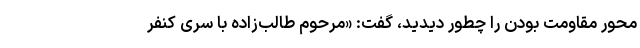
محور مقاومت بودن را چطور دیدید، گفت: «مرحوم طالب‌زاده با سری کنفر